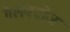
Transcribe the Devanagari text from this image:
गैलेक्टोज